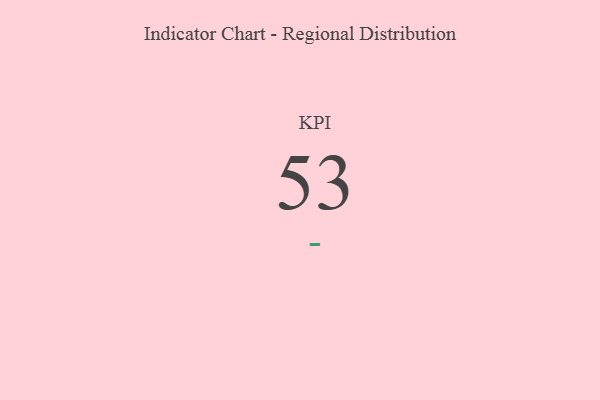
{"axis": {"x": "KPI", "y": "Value"}, "legend": [""], "data": [{"x": "KPI", "y": 53, "type": ""}]}